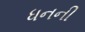
ધનની